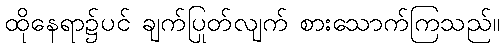
ထိုနေရာ၌ပင် ချက်ပြုတ်လျက် စားသောက်ကြသည်။